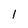
Character: 1